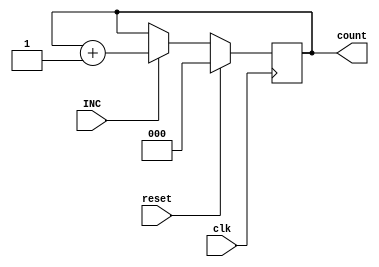
module Sequence_Counter3Bit(
    input clk, reset, INC,
    output reg [2:0] count
);
    always @(posedge clk) begin
        if (reset)
            count <= 3'h0;
        else if(INC)
            count <= count + 1;
    end
endmodule

module Sequence_Counter3Bit2(
    input clk, reset,
    output reg [2:0] count
);
    always @(posedge clk) begin
        if (reset)
            count <= 3'h0;
        else 
            count <= count + 1;
    end
endmodule

module SC_ControlSignal (
   
   T, D, I,CLR
);
input  I;
input [7:0] T, D;
output  CLR;
wire  r;
assign r=D[7] & !I & T[3];
assign CLR=(D[0]&T[5]) | (D[1]&T[5]) | (D[2]&T[5]) | r |(D[4]&T[4]) | (D[3]&T[4])  | (D[5]&T[5]) |(D[6]&T[6]);    
endmodule